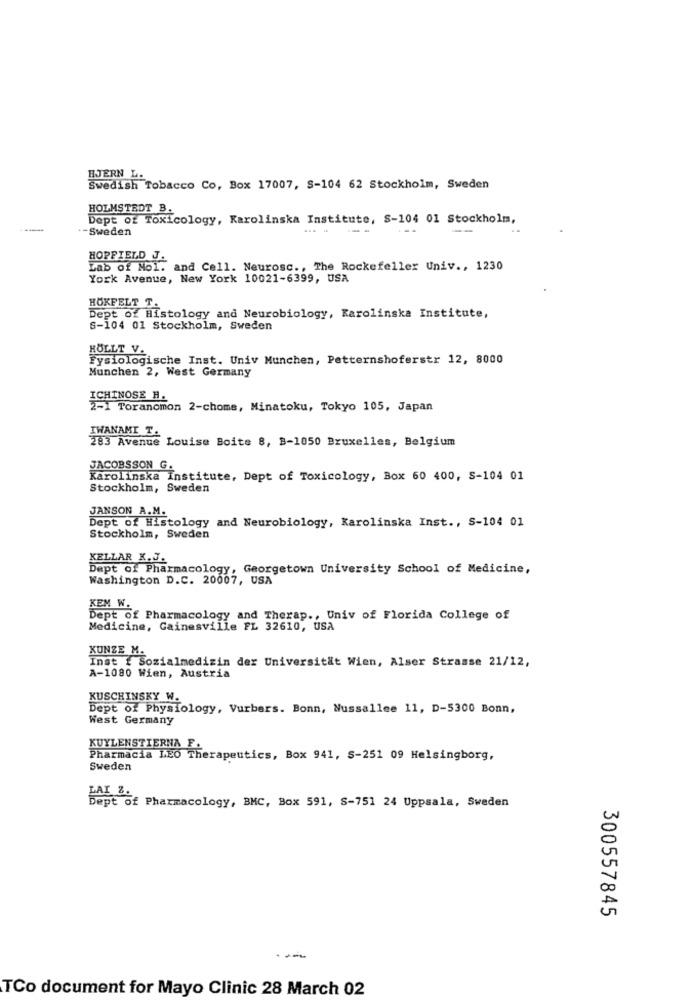
HJERN L.
Swedish Tobacco Co, Box 17007, S-104 62 Stockholm, Sweden
HOLMSTEDT B.
Dept of Toxicology, Karolinska Institute, S-104 01 Stockholm,
--
+-Sweden
HOPFIELD J.
Lab of Mol. and Cell. Neurosc ., The Rockefeller Univ ., 1230
York Avenue, New York 10021-6399, USA
HOKFELT T.
Dept of Histology and Neurobiology, Karolinska Institute,
S-104 01 Stockholm, Sweden
HÖLLT V.
Fysiologische Inst. Univ Munchen, Patternshoferstr 12, 8000
Munchen 2, West Germany
ICHINOSE H.
2-1 Toranomon 2-chome, Minatoku, Tokyo 105, Japan
IWANAMI T.
283 Avenue Louise Boite 8, B-1050 Bruxelles, Belgium
JACOBSSON G.
Karolinska Institute, Dept of Toxicology, Box 60 400, S-104 01
Stockholm, Sweden
JANSON A.M.
Dept of Histology and Neurobiology, Karolinska Inst ., S-104 01
Stockholm, Sweden
KELLAR K. J.
Dept of Pharmacology, Georgetown University School of Medicine,
Washington D.C. 20007, USA
KEM W.
Dept of Pharmacology and Therap ., Univ of Florida College of
Medicine, Gainesville FL 32610, USA
KUNZE M.
Inst { Sozialmedizin der Universität Wien, Alser Strasse 21/12,
A-1080 Wien, Austria
KUSCHINSKY W.
Dept of Physiology, Vurbers. Bonn, Nussallee 11, D-5300 Bonn,
West Germany
KUYLENSTIERNA F
Pharmacia LEO Therapeutics, Box 941, S-251 09 Helsingborg,
Sweden
Dept of Pharmacology, BMC, Box 591, S-751 24 Uppsala, Sweden
300557845
TCo document for Mayo Clinic 28 March 02